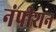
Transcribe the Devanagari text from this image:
नंपीशन